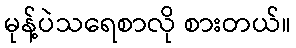
မုန့်ပဲသရေစာလို စားတယ်။